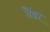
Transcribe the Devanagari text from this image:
वैंडर